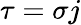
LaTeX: \tau=\sigma j